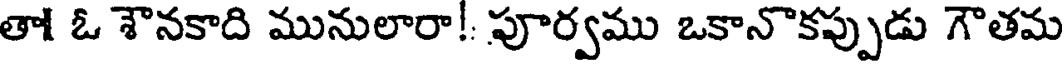
తా! ఓ శౌనకాది మునులారా!: పూర్వము ఒకానొకప్పుడు గౌతమ